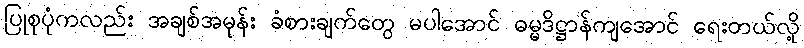
ပြုစုပုံကလည်း အချစ်အမုန်း ခံစားချက်တွေ မပါအောင် ဓမ္မဒိဋ္ဌာန်ကျအောင် ရေးတယ်လို့